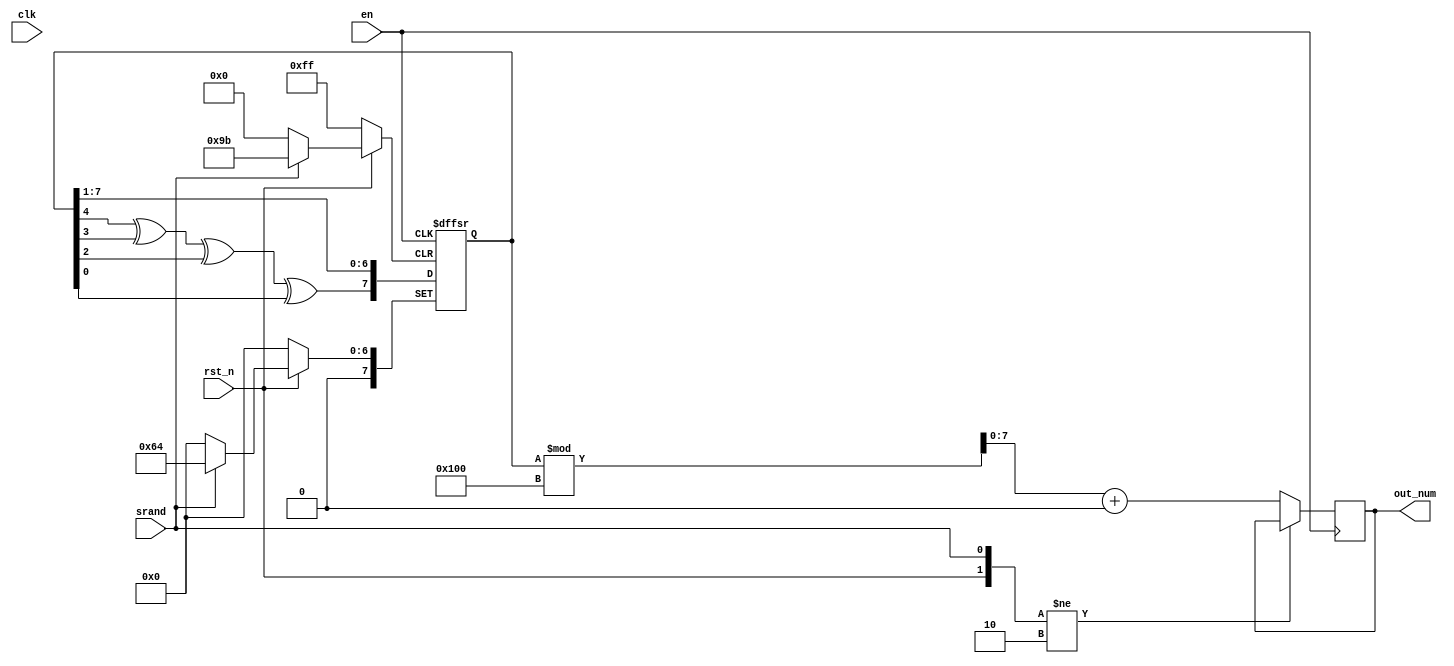
module Random(
	input en,
	input rst_n,
	input srand,
	input clk,
	output reg[7:0] out_num
);

	reg [7:0] num;
	parameter seed=100;
	parameter min=0;
	parameter max=255;
	
	initial begin
		num=seed;
	end
	
	always@(posedge en or negedge rst_n or posedge srand)
	begin
		if(!rst_n)
			num<=0;
		else if(srand)
			num<=seed;
		else if(en)
		begin
			//num<={num[7],num[0],num[1],num[2],num[3]^num[7],num[4]^num[7],num[5]^num[7],num[6]};
			num<={num[4]^num[3]^num[2]^num[0],num[7:1]};
			out_num<=num%(max-min+1)+min;
		end	
	end
	
	

endmodule